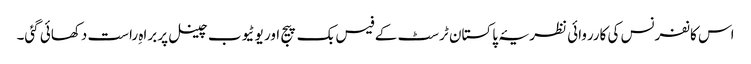
اس کانفرنس کی کارروائی نظریۂ پاکستان ٹرسٹ کے فیس بک پیج اور یوٹیوب چینل پر براہِ راست دکھائی گئی۔